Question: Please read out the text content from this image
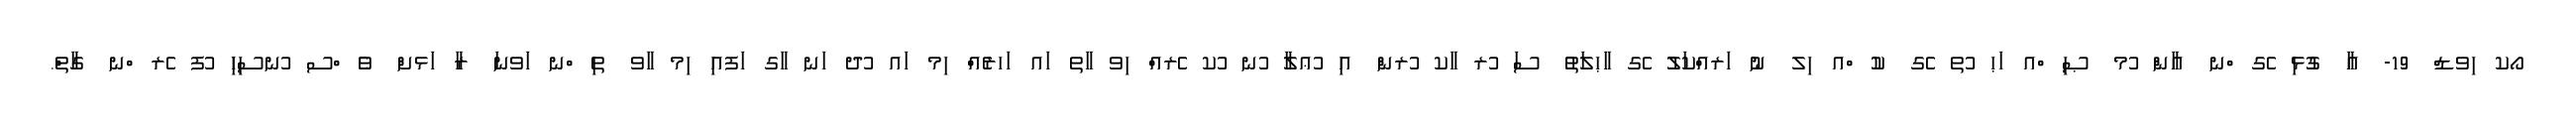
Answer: ޯކ ިވޑް 19- އާ ގުޅި ެގ ްނ އާން ުމ ޞި ްއ ަޙ ުތ ެގ ކު ްއ ިލ ނު ަރއްކަލު ެގ ާޙލަތު ސަ ުރ ާކ ުރން އި ުޢލާ ުނ ުކ ެރއް ިވ ާތ ައ ަހރެއް ިމ ައ ުދ ަނ ާގ ަފއި ިމ ާވ ތި ްނ ަވނަ ރާ ަޅށް ވެ ްސ ުނސިހި ުފ ެރ ްނ ގާތް.